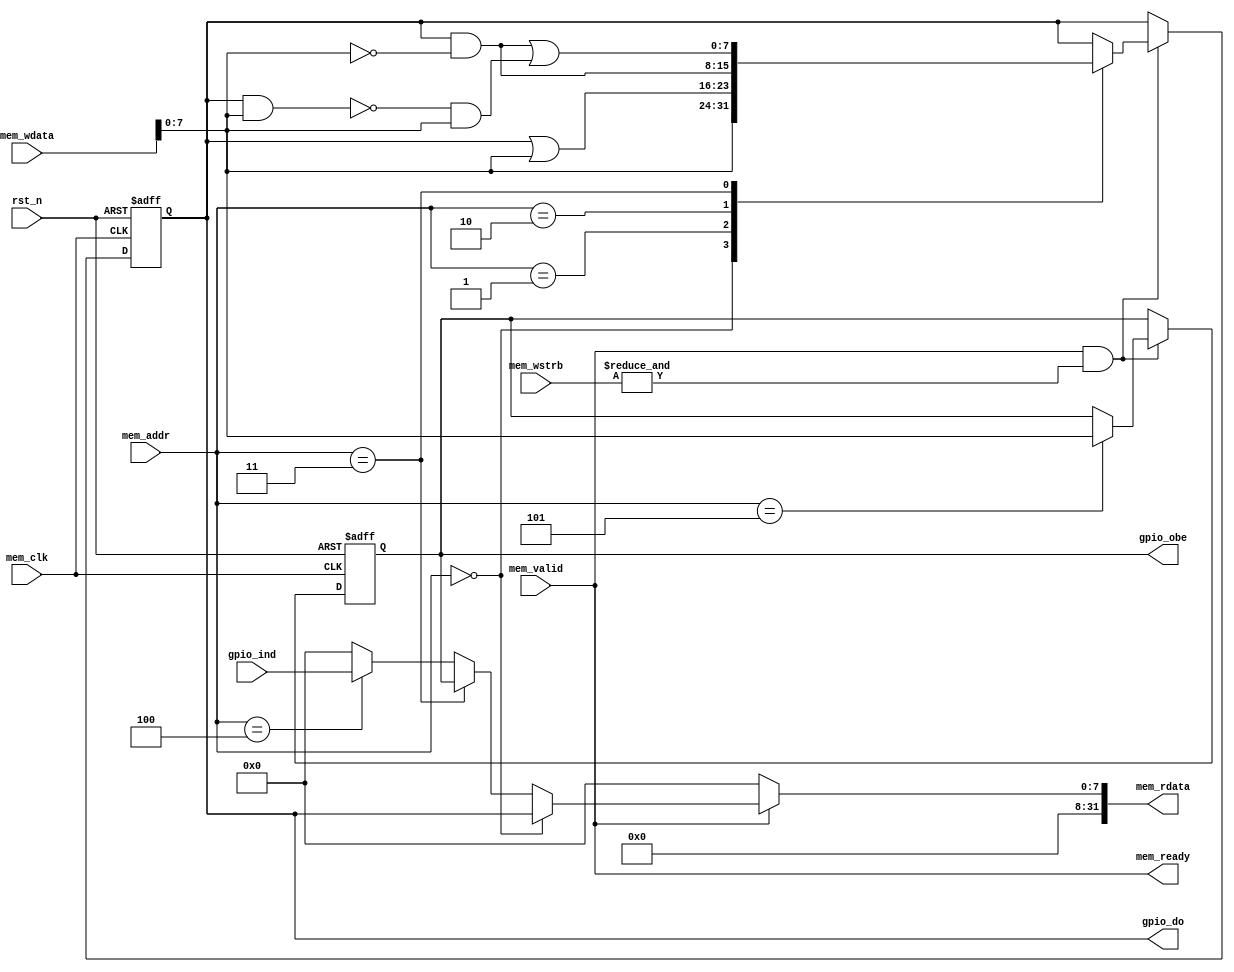
/*
 * Copyright (c) 2020 NXP
 * ******************************************************************************
 * Created Date: Sunday, February 23rd 2020, 9:11:07 pm
 * -----
 * Modified By: Major Lin
 * -----
 * 
 * -----
 * HISTORY:
 * Date      	By           	Comments
 * ----------	-------------	----------------------------------------------------------
 * ******************************************************************************
 */

`timescale 1 ns / 100 ps
module gpio #(
	parameter TOTAL_GPIOS = 8
)
(
    input mem_clk,          // gpio memory access and module clock
    input rst_n,
    input mem_valid,        // Module valid
    input [31:0]mem_wdata,
    input [3:0]mem_addr,
    input [3:0]mem_wstrb,
    input [TOTAL_GPIOS-1:0] gpio_ind,
    output [TOTAL_GPIOS-1:0] gpio_do,
    output [TOTAL_GPIOS-1:0] gpio_obe,
    output mem_ready,
    output [31:0]mem_rdata
);
    reg [TOTAL_GPIOS-1:0] PDOR;
    reg [TOTAL_GPIOS-1:0] PDDR;
    // write access
    always @(posedge mem_clk or negedge rst_n) begin
        if(!rst_n) begin
            PDOR <= 32'h0;
            PDDR <= 32'h0;
        end
        else if (mem_valid & (&(mem_wstrb))) begin
            case (mem_addr)
                'h0: PDOR <= mem_wdata;
                'h1: PDOR <= PDOR | mem_wdata; // set output
                'h2: PDOR <= PDOR & (~mem_wdata); // clear output
                'h3: PDOR <= PDOR & (~mem_wdata) | ((~(PDOR & mem_wdata))& mem_wdata); // toggle output
                'h5: PDDR <= mem_wdata; // output direction
                default: begin
                    PDOR <= PDOR;
                    PDDR <= PDDR;
                end
            endcase
            end
        else begin
            PDOR <= PDOR;
            PDDR <= PDDR;
        end
    end
    // read access
    assign mem_rdata = mem_valid ? 
        mem_addr == 'h0 ? PDOR : 
        mem_addr == 'h3 ? PDDR : 
        mem_addr == 'h4 ? gpio_ind : 
        32'h0 : 32'h0; 
    assign mem_ready = mem_valid;

    assign gpio_obe = PDDR;
    assign gpio_do = PDOR;

endmodule